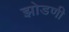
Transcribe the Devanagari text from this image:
झोडणी